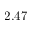
2 . 4 7